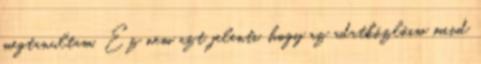
megtanultam. Ez nem azt jelenti, hogy az adatközlőim mind